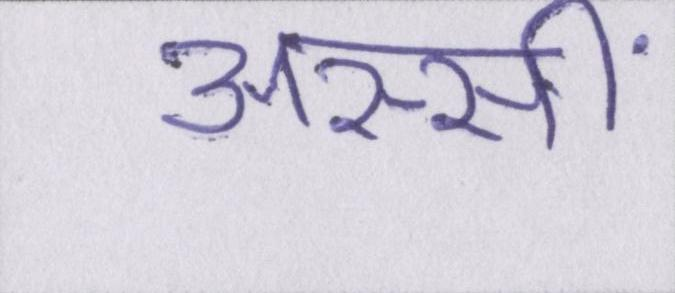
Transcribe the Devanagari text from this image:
अस्सीं